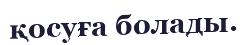
қосуға болады.